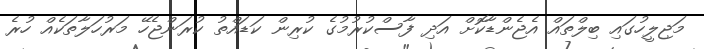
މަޖިލީހުގައި ބިލްތައް އެޖެންޑާކޮށް އަދި ފާސްކުރުމުގެ ކުރިން ކަޑައްތު ކުރަންޖެހޭ މަރުހަލާތަކެއް ހުރެ